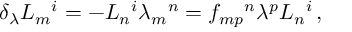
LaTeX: \delta _ { \lambda } L _ { m } { } ^ { i } = - L _ { n } { } ^ { i } \lambda _ { m } { } ^ { n } = f _ { m p } { } ^ { n } \lambda ^ { p } L _ { n } { } ^ { i } \, ,